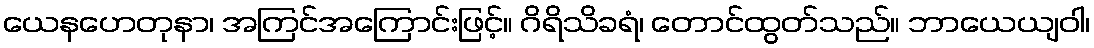
ယေနဟေတုနာ၊ အကြင်အကြောင်းဖြင့်။ ဂိရိသိခရံ၊ တောင်ထွတ်သည်။ ဘာယေယျဝါ၊